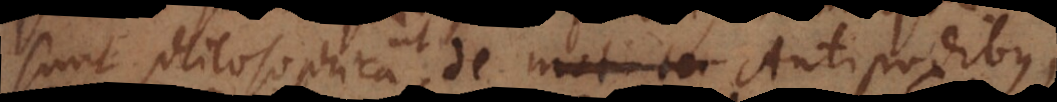
sunt philosophica, ut de Antipodibus,